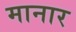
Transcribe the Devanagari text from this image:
मानार